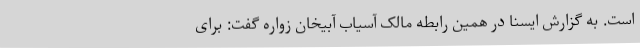
است. به گزارش ایسنا در همین رابطه مالک آسیاب آبیخان زواره گفت: برای